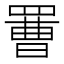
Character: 𦋿